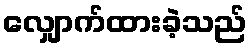
လျှောက်ထားခဲ့သည်